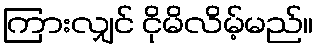
ကြားလျှင် ငိုမိလိမ့်မည်။